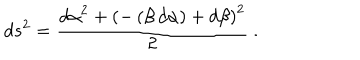
d s ^ { 2 } = { \frac { { { { d \alpha } } ^ { 2 } } + { { \left( - \left( \beta \, { d \alpha } \right) + { d \beta } \right) } ^ { 2 } } } { 2 } } ~ .